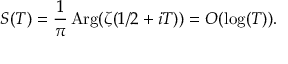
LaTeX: S ( T ) = { \frac { 1 } { \pi } } \mathop { \mathrm { A r g } } ( \zeta ( 1 / 2 + i T ) ) = O ( \log ( T ) ) .